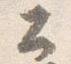
公